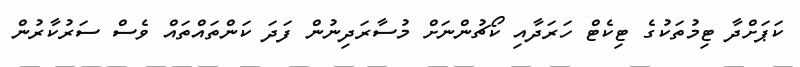
ކަޕަށްދާ ޓިމުތަކުގެ ޓިކެޓް ހަރަދާއި ކޯޗުންނަށް މުސާރަދިނުން ފަދަ ކަންތައްތައް ވެސް ސަރުކާރުން